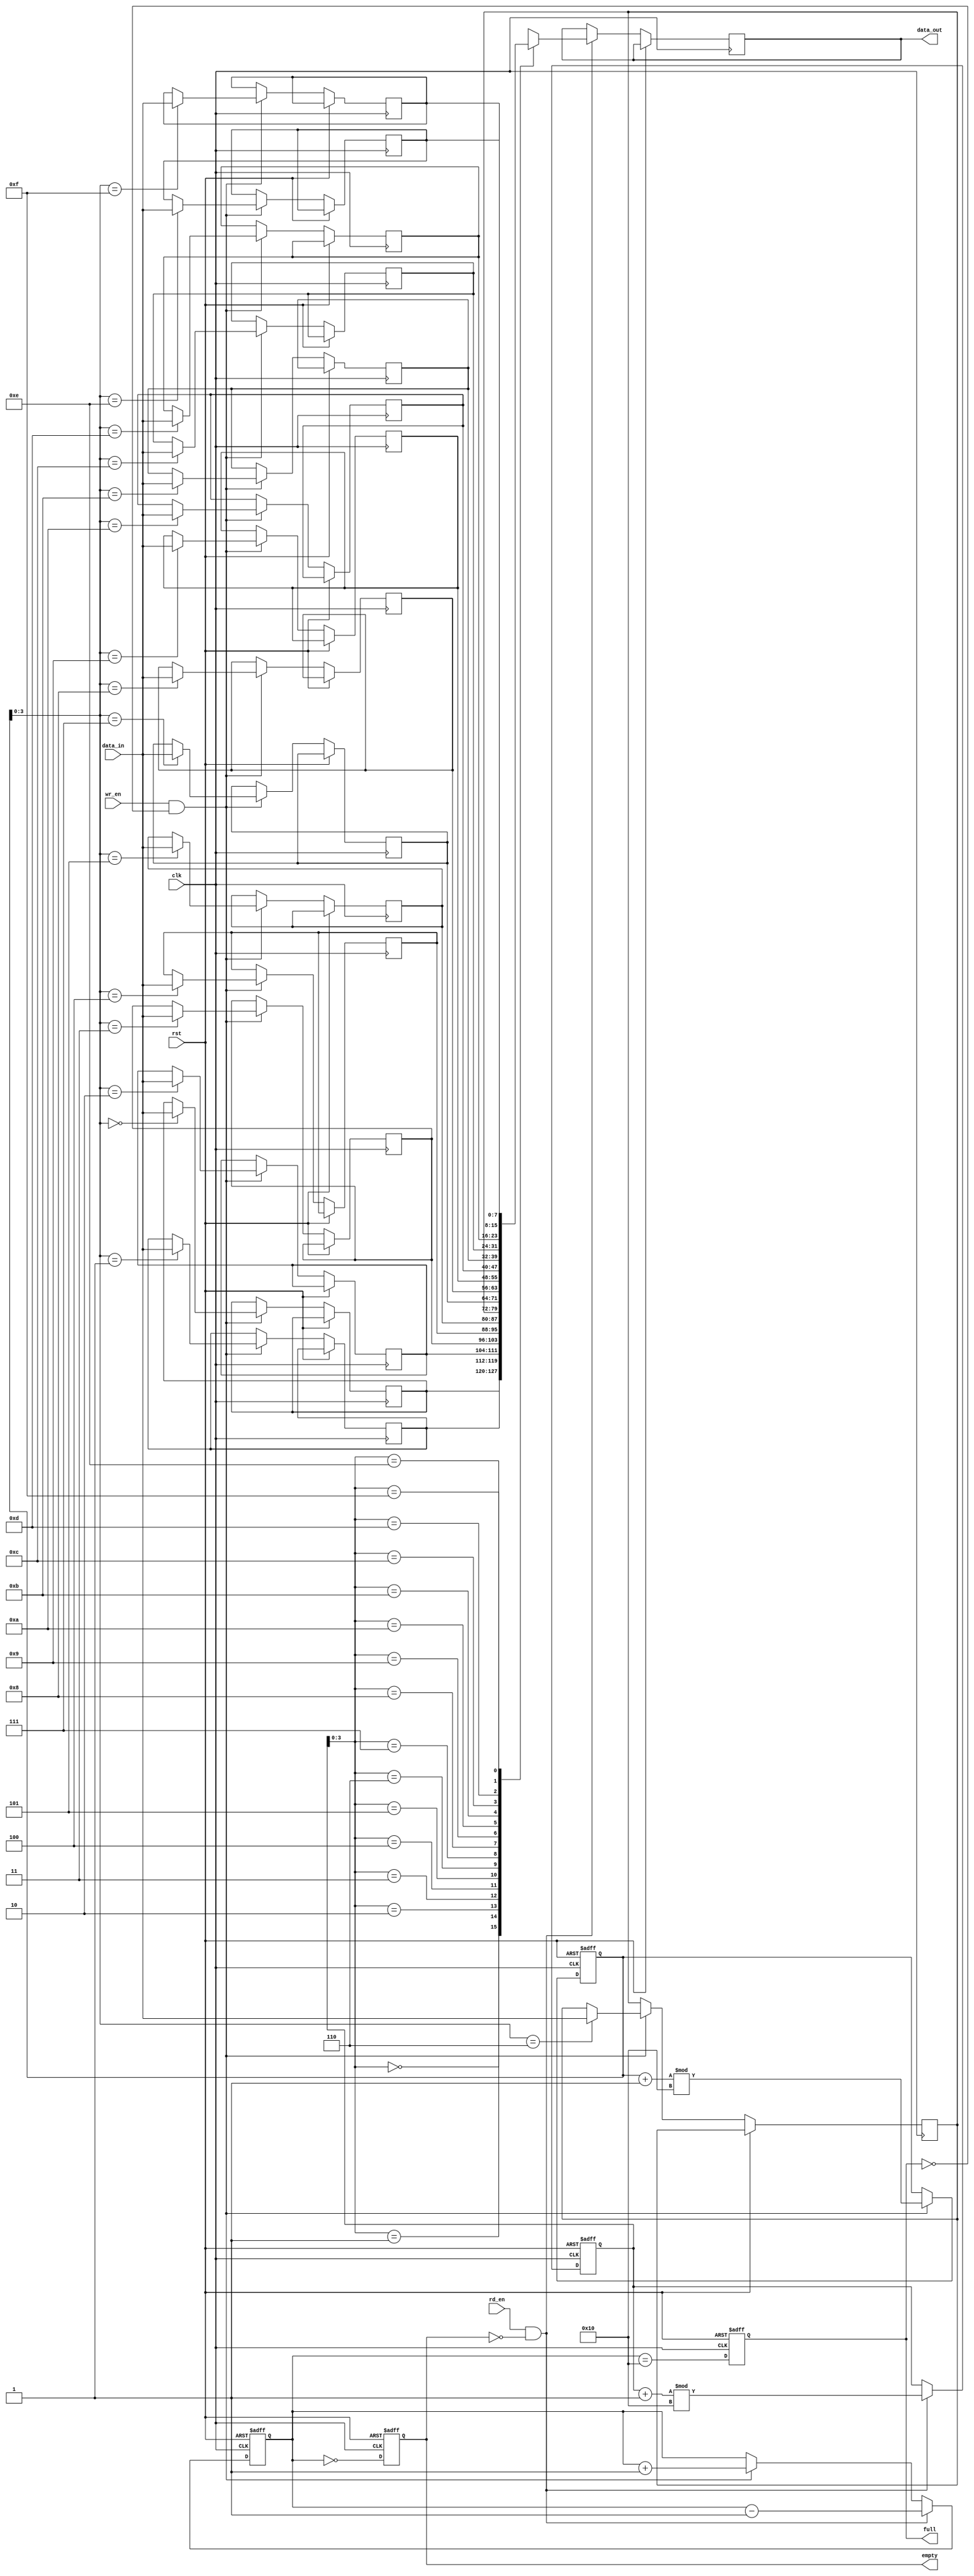
module fifo_sram #(
    parameter DEPTH = 16,   // FIFO depth (number of entries)
    parameter WIDTH = 8     // Width of each entry in bits
)(
    input wire clk,
    input wire rst,
    input wire wr_en,
    input wire rd_en,
    input wire [WIDTH-1:0] data_in,
    output reg [WIDTH-1:0] data_out,
    output reg full,
    output reg empty
);

    // Define the SRAM storage
    reg [WIDTH-1:0] fifo_mem [0:DEPTH-1];
    reg [31:0] wr_ptr;      // Write pointer
    reg [31:0] rd_ptr;      // Read pointer
    reg [31:0] count;       // Count of entries in FIFO

    // Asynchronous reset and FIFO operations
    always @(posedge clk or posedge rst) begin
        if (rst) begin
            wr_ptr <= 0;
            rd_ptr <= 0;
            count <= 0;
            full <= 0;
            empty <= 1;
        end else begin
            // Write operation
            if (wr_en && !full) begin
                fifo_mem[wr_ptr] <= data_in;
                wr_ptr <= (wr_ptr + 1) % DEPTH;
                count <= count + 1;
            end

            // Read operation
            if (rd_en && !empty) begin
                data_out <= fifo_mem[rd_ptr];
                rd_ptr <= (rd_ptr + 1) % DEPTH;
                count <= count - 1;
            end

            // Update full and empty flags
            full <= (count == DEPTH);
            empty <= (count == 0);
        end
    end
endmodule